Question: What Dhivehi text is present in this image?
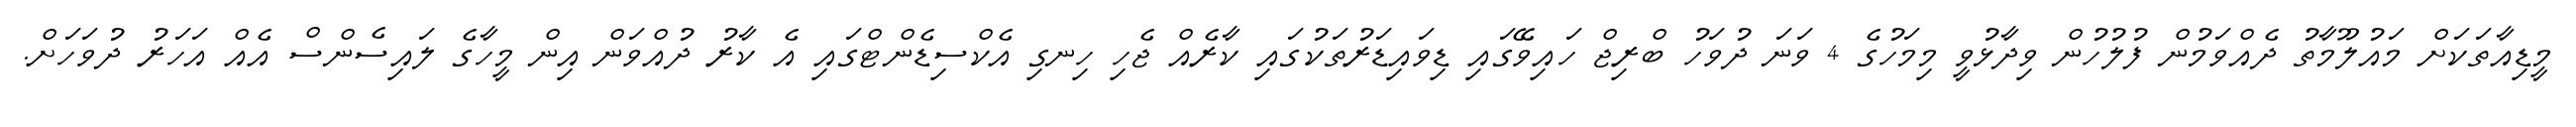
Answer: މީޑިއާތަކަށް މައުލޫމާތު ދެއްވަމުން ފުލުހުން ވިދާޅުވީ މިމަހުގެ 4 ވަނަ ދުވަހު ބްރިޖް ހައިވޭގައި ޑިވައިޑަރުތަކުގައި ކާރެއް ޖެހި ހިނގި އެކްސިޑެންޓްގައި އެ ކާރު ދުއްވަން އިން މީހާގެ ލައިސެންސް އެއް އަހަރު ދުވަހަށް.